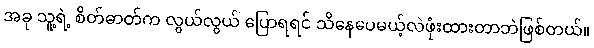
အခု သူ့ရဲ့ စိတ်ဓာတ်က လွယ်လွယ် ပြောရရင် သိနေပေမယ့်လဲဖုံးထားတာဘဲဖြစ်တယ်။